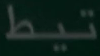
تيط